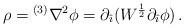
\begin{align*}\rho={}^{(3)}\nabla^{2}\phi=\partial_{\hat{\imath}}(W^{\frac{1}{2}}\partial_{\hat{\imath}}\phi)\, .\end{align*}